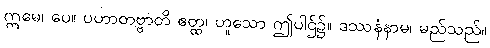
ဣမေ၊ ပေ။ ပဟာတဗ္ဗာတိ ဧတ္ထ၊ ဟူသော ဤပါဌ်၌။ ဒဿနံနာမ၊ မည်သည်။